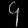
Digit: ၄